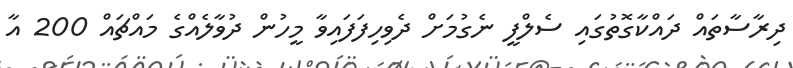
ދިރާސާތައް ދައްކާގޮތުގައި ސެލްފީ ނެގުމަށް ދެވިހިފަފައިވާ މީހުން ދުވާލެއްގެ މައްޗައް 200 އާ